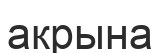
акрына